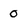
Character: 0